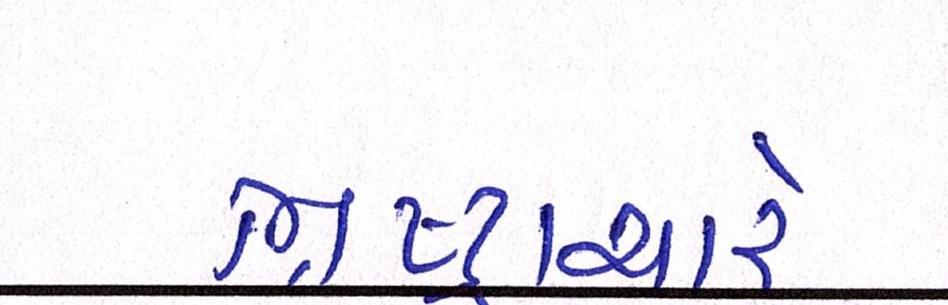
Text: ભ્રષ્ટ્રાચારે